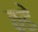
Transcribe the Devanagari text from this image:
ठडे